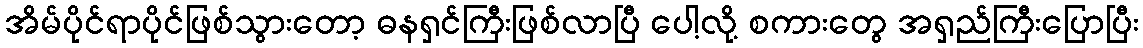
အိမ်ပိုင်ရာပိုင်ဖြစ်သွားတော့ ဓနရှင်ကြီးဖြစ်လာပြီ ပေါ့လို့ စကားတွေ အရှည်ကြီးပြောပြီး